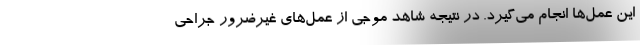
این عمل‌ها انجام می‌گیرد. در نتیجه شاهد موجی از عمل‌های غیرضرور جراحی